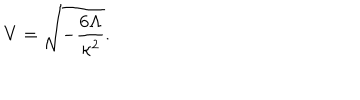
V = \sqrt { - \frac { 6 \Lambda } { \kappa ^ { 2 } } } .